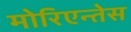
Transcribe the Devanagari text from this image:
मोरिएन्तेस